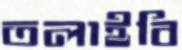
তলাইবি